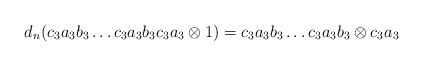
\begin{align*}d_n(c_3a_3b_3 \dots c_3a_3b_3c_3a_3 \otimes 1) = c_3a_3b_3 \dots c_3a_3b_3 \otimes c_3a_3\end{align*}